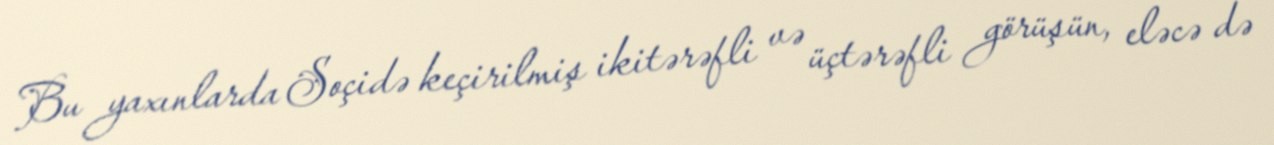
Bu yaxınlarda Soçidə keçirilmiş ikitərəfli və üçtərəfli görüşün, eləcə də